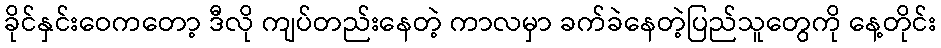
ခိုင်နှင်းဝေကတော့ ဒီလို ကျပ်တည်းနေတဲ့ ကာလမှာ ခက်ခဲနေတဲ့ပြည်သူတွေကို နေ့တိုင်း